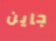
جاين